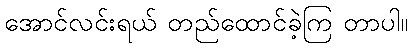
အောင်လင်းရယ် တည်ထောင်ခဲ့ကြ တာပါ။